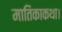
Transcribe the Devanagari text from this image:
मातिकाकथा।